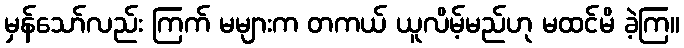
မှန်သော်လည်း ကြက် မများက တကယ် ယူလိမ့်မည်ဟု မထင်မိ ခဲ့ကြ။